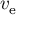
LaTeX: v _ { \mathrm { e } }